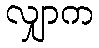
လျှာက